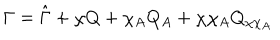
\Gamma = \hat { \Gamma } + \chi Q + \chi _ { A } Q _ { A } + \chi \chi _ { A } Q _ { \chi \chi _ { A } }